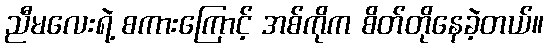
ညီမလေးရဲ့ စကားကြောင့် အစ်ကိုက စိတ်တိုနေခဲ့တယ်။